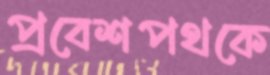
প্রবেশপথকে